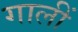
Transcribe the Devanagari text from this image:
गालीं